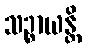
သဉ္စာယန္တိ